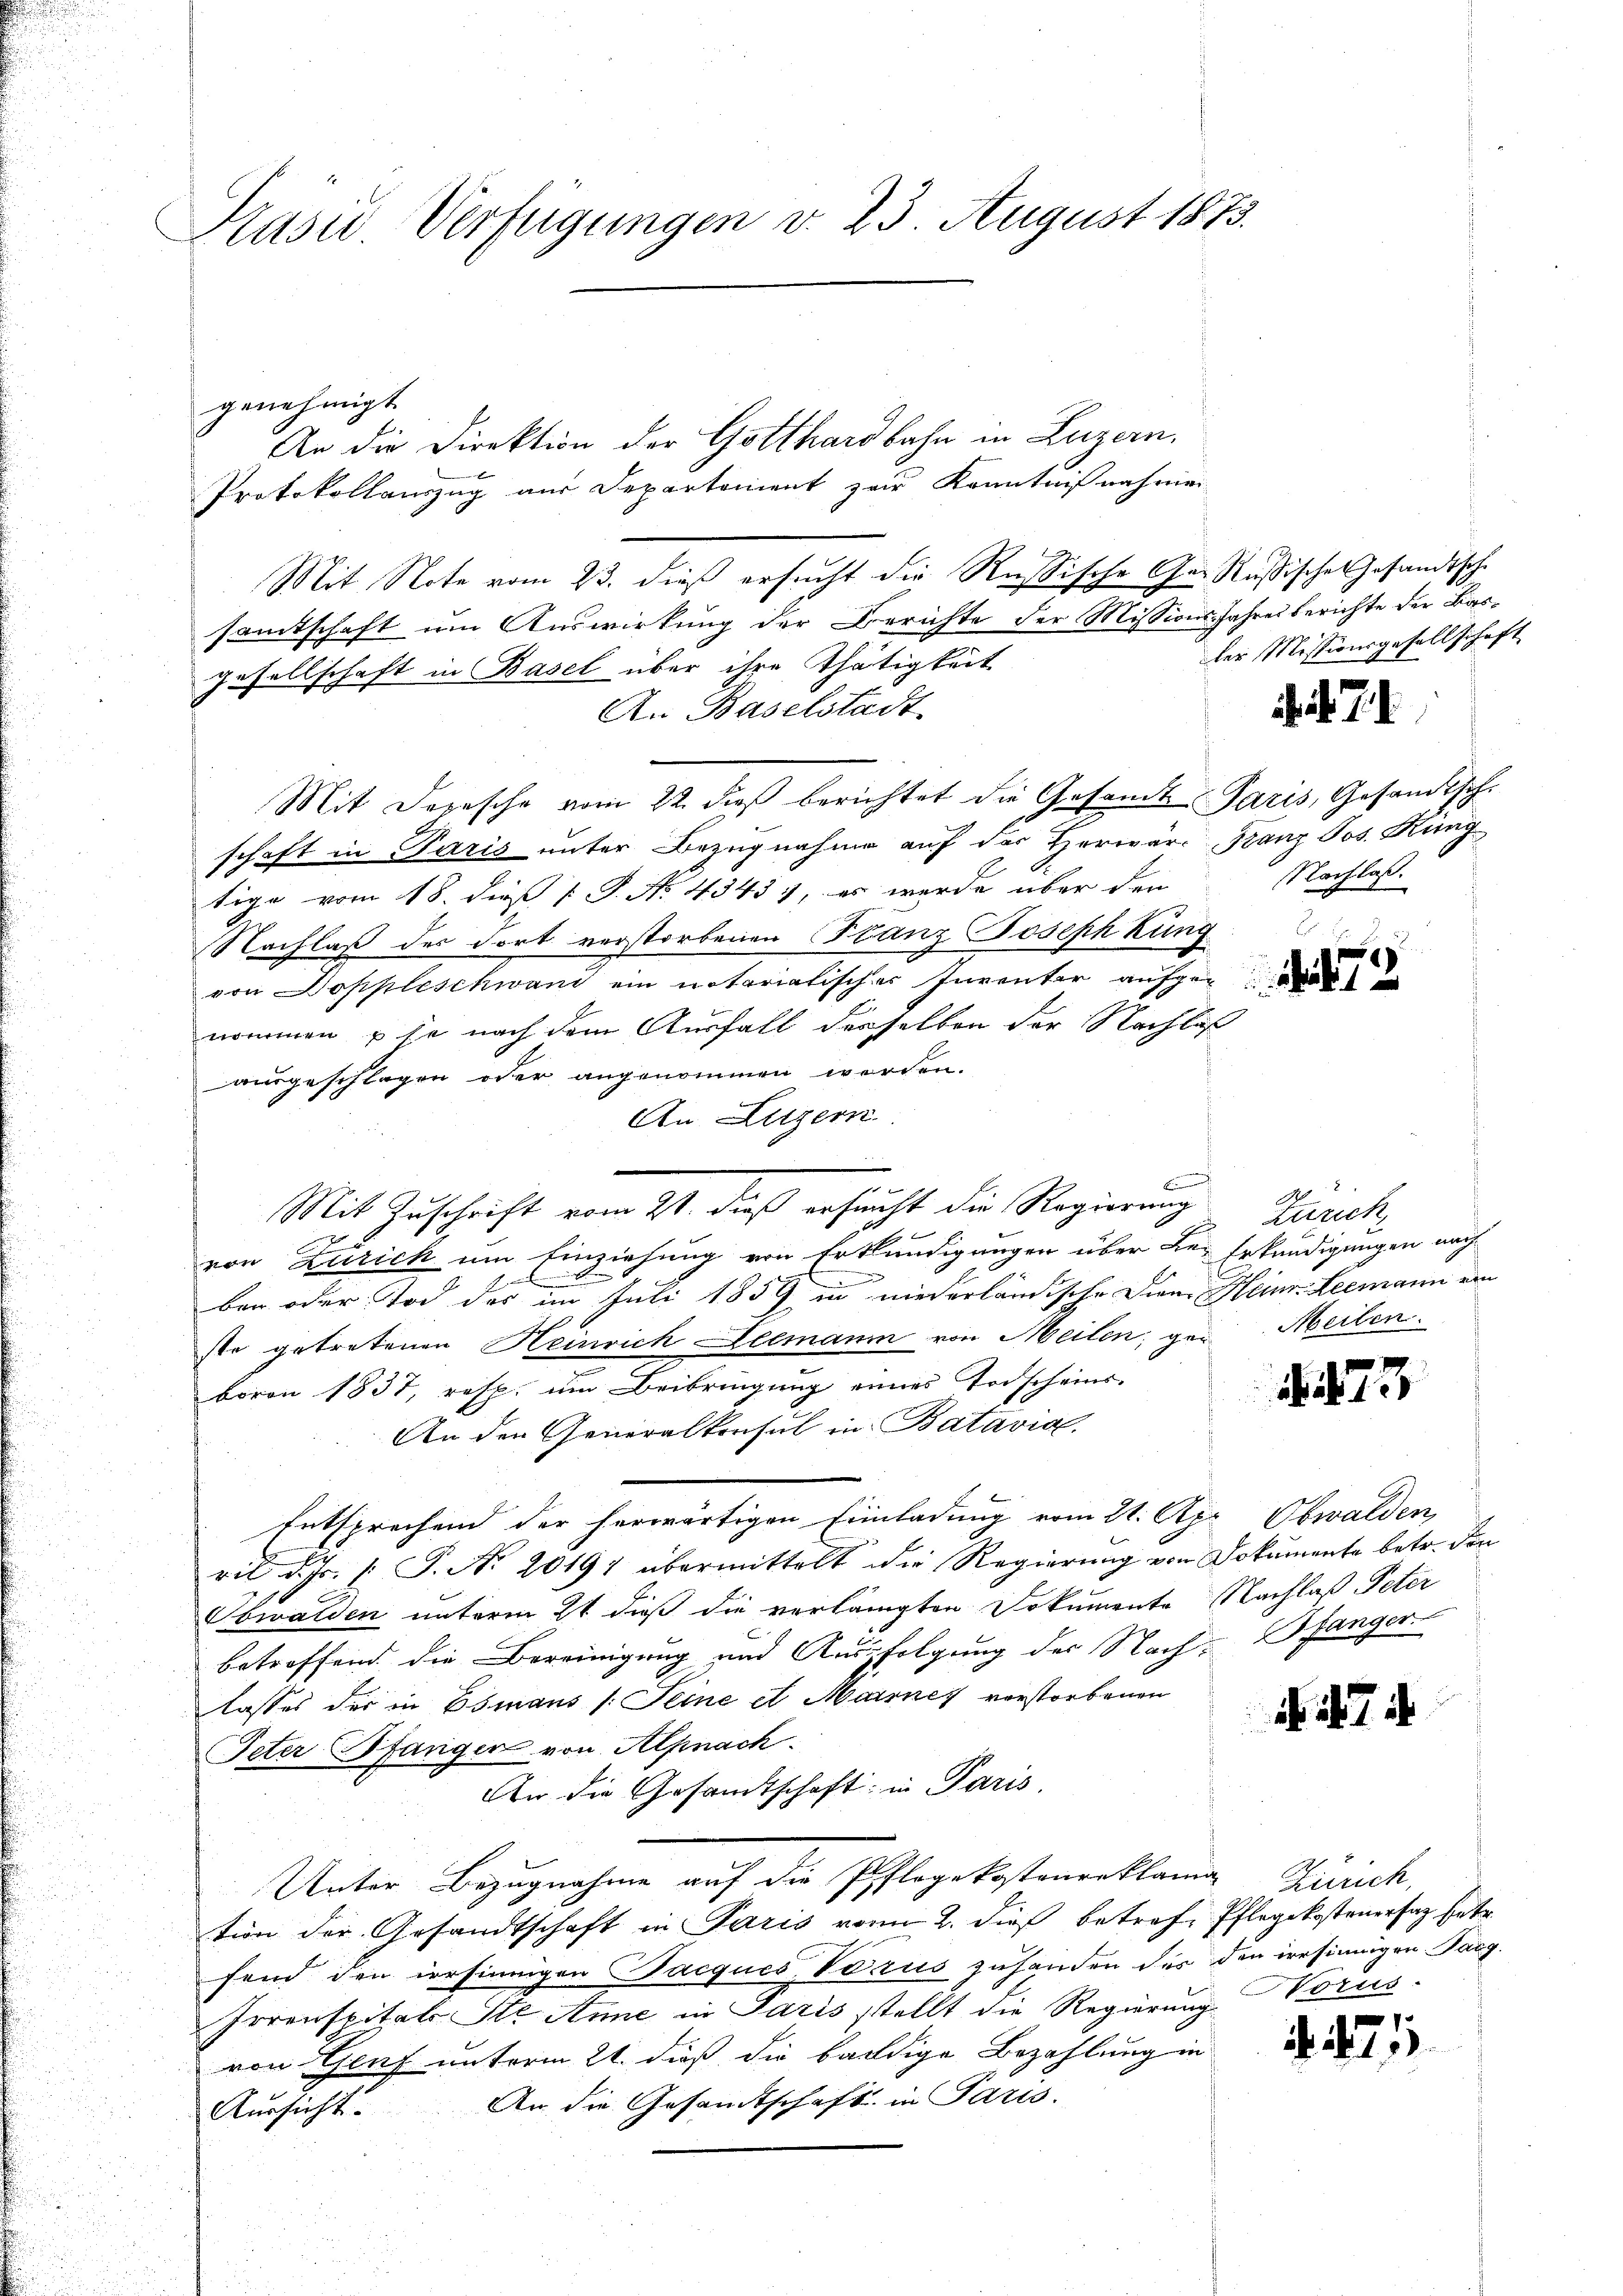
Präsid Verfügungen v. 23. August 1873.

genehmigt.
An die Direktion der Gotthardbahn in Luzern,
Protokollauszug aus Departement zur Kenntnißnahmen
Mit Note vom 23. dieß ersucht die Rußische Gar Rußisches Gesandtsche
samtschaft um Auswirkung der Berichte der Missions¬
E
gesellschaft in Basel über ihre Thätigkeit
An Baselstadt
Mit Depesche vom 22. dieß berichtet die Gesamt Paris, Gesandtsche
schaft in Paris unter Bezugnahme auf der Herwär-Granz Jos. Küng
tige vom 18. dieß P. P. No. 43437, es werde über den
Nachlaß des dort verstorbenen Stanz Joseph kung
von Doppleschwand ein notariatischer Inventar aufgenommen u se nach dem Ausfall derselben der Nachlaß
ausgeschlagen oder angenommen werden.
An Luzern
2
von Zürich um Einziehung von Erkländigungen über Le-Erkundigungen nach
1
.
ben oder Tod des im Juli 1859 in niederländische Diene Heim-Leemann am
ste getretenen Heinrich Leemann von Meilen, ge-Meilen.
boron 1837, resp. um Beibringung eines Todscheins-
An den Generalkonsul in Batavial.
Entsprechend der herwärtigen Einladung vom 21. Apr Obwalden
ril d. Js. f. P. Nr. 20197 übermittelt die Regierung von Dokumente betr. den
Obwalden unterm 21 dieß die verlängten Dokumente Nachlaß Peter
betroffend die Bereinigung und Ausfolgung der Nach- Pfänger
lasses der in Osmans /: Seine et Marines vorstorbenen
Peter Pfanger von Alpnach.
An die Gesamtschaft; in Paris
Unter Bezugnahme auf die Pflegekostenorklama
tion der Gesandtschaft in Paris von 2. dieß betrafe Pflegekostenersatz hetr.
fend den irrsinnigen Pacques, Vorus zuhanden des den irrsinnigen Sarg.
Jorenspitals Ste Anne in Paris stellt die Regierung Vorus-
von Genf unterm 21. dieß die baldige Bezahlung in
An die Gesandtschaft in Paris.
Aussicht.

f
.
Mit Zuschrift vom 21. dieß ersucht die Regierung Zürich,

Jahresberichte der Baser Missionsgesellschaft

if. 71.

Nachlaß.

73

117

Zürich,

. 1471.